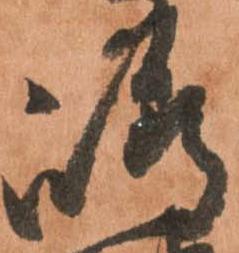
嶋